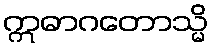
ဣဓာဂတောသ္မိ